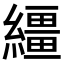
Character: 繮